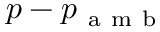
p - p _ { \mathrm { ~ a ~ m ~ b ~ } }